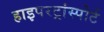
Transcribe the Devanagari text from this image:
हाइपरट्रांस्पोर्ट